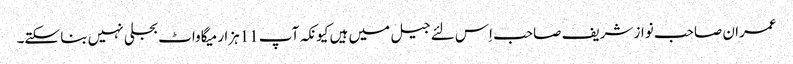
عمران صاحب نواز شریف صاحب اِس لئے جیل میں ہیں کیونکہ آپ 11ہزار میگاواٹ بجلی نہیں بنا سکتے۔